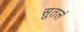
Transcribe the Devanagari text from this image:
सुतलं